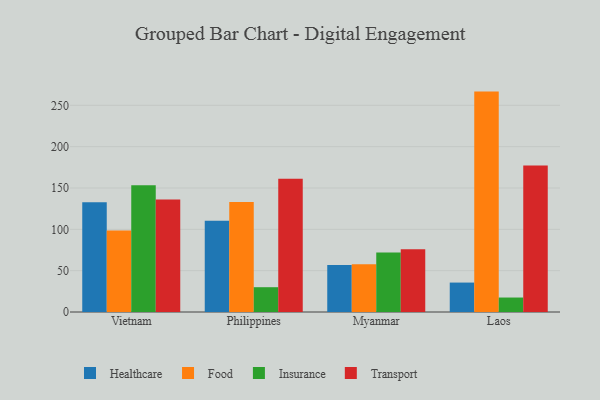
{"axis": {"x": "Country", "y": "Shipments"}, "legend": ["Food", "Healthcare", "Insurance", "Transport"], "data": [{"x": "Vietnam", "y": 132.9, "type": "Healthcare"}, {"x": "Vietnam", "y": 98.5, "type": "Food"}, {"x": "Vietnam", "y": 153.3, "type": "Insurance"}, {"x": "Vietnam", "y": 136.1, "type": "Transport"}, {"x": "Philippines", "y": 110.4, "type": "Healthcare"}, {"x": "Philippines", "y": 133.0, "type": "Food"}, {"x": "Philippines", "y": 30.0, "type": "Insurance"}, {"x": "Philippines", "y": 161.1, "type": "Transport"}, {"x": "Myanmar", "y": 56.9, "type": "Healthcare"}, {"x": "Myanmar", "y": 57.7, "type": "Food"}, {"x": "Myanmar", "y": 72.0, "type": "Insurance"}, {"x": "Myanmar", "y": 75.8, "type": "Transport"}, {"x": "Laos", "y": 35.6, "type": "Healthcare"}, {"x": "Laos", "y": 266.6, "type": "Food"}, {"x": "Laos", "y": 17.5, "type": "Insurance"}, {"x": "Laos", "y": 177.3, "type": "Transport"}]}